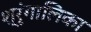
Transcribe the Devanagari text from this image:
श्रृंगालिका